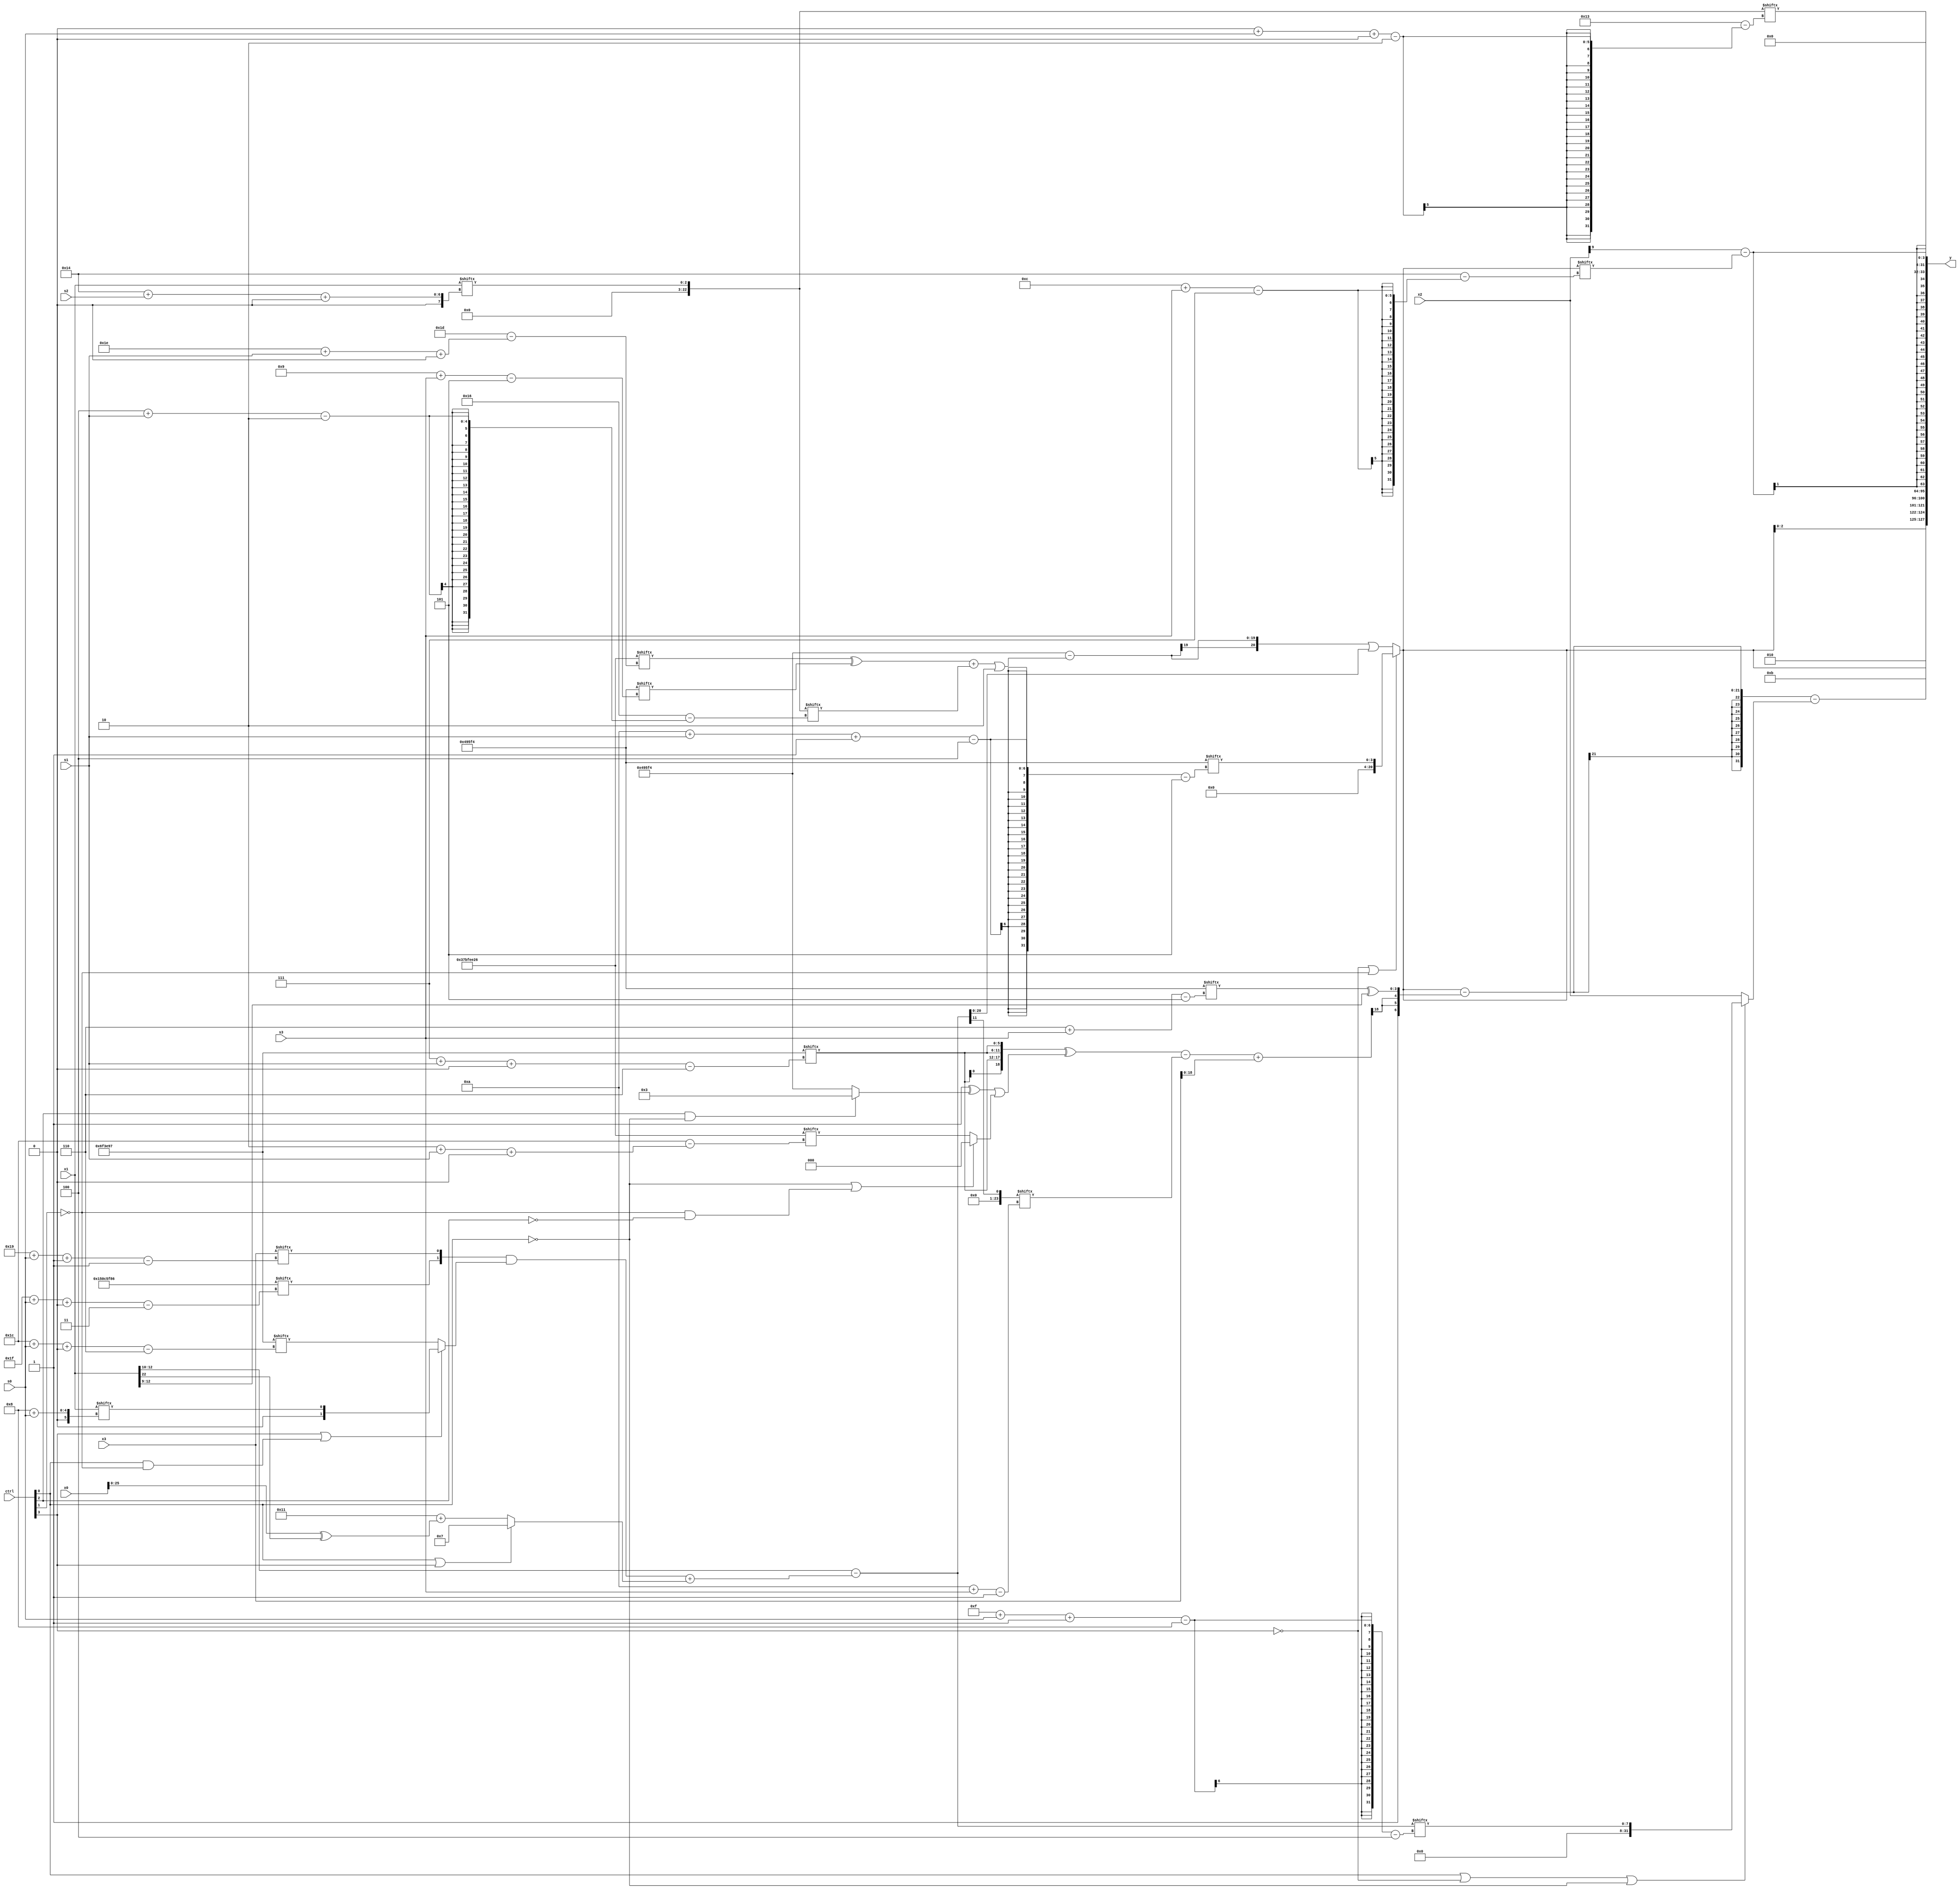
module partsel_00214(ctrl, s0, s1, s2, s3, x0, x1, x2, x3, y);
  input [3:0] ctrl;
  input [2:0] s0;
  input [2:0] s1;
  input [2:0] s2;
  input [2:0] s3;
  input signed [31:0] x0;
  input signed [31:0] x1;
  input signed [31:0] x2;
  input [31:0] x3;
  wire signed [29:4] x4;
  wire [2:25] x5;
  wire [2:24] x6;
  wire signed [7:27] x7;
  wire signed [27:5] x8;
  wire signed [24:1] x9;
  wire [0:25] x10;
  wire signed [6:24] x11;
  wire [30:2] x12;
  wire [4:26] x13;
  wire [3:24] x14;
  wire [25:7] x15;
  output [127:0] y;
  wire [31:0] y0;
  wire signed [31:0] y1;
  wire signed [31:0] y2;
  wire [31:0] y3;
  assign y = {y0,y1,y2,y3};
  localparam signed [31:3] p0 = 890003334;
  localparam signed [28:6] p1 = 560938647;
  localparam [0:30] p2 = 935325222;
  localparam signed [26:5] p3 = 235181556;
  assign x4 = (x1[10 +: 3] - {{x2, {{2{(p2[20] + x1[10])}}, p0[18 -: 3]}}, (({p0[31 + s0 +: 1], x3[25 + s0 -: 1]} & (ctrl[3] || ctrl[0] && !ctrl[1] ? x1[8 + s0] : p1[28 + s0 +: 2])) + (ctrl[0] && ctrl[0] || ctrl[3] ? p2[9 +: 3] : ((p0[9 +: 4] + p2[12 +: 2]) + (x0 ^ x1[22]))))});
  assign x5 = ((x0[16 + s2] | p1[11 + s2]) & (ctrl[1] || ctrl[0] && !ctrl[2] ? p1[21] : {({2{(x4[11 + s2 -: 1] ^ x0[12 -: 4])}} & {2{p1[22 + s1 +: 2]}}), ((p2[20 + s0 -: 2] | p0[11]) + x2[20])}));
  assign x6 = x1[20 + s2 +: 3];
  assign x7 = (!ctrl[3] || !ctrl[1] && !ctrl[1] ? p3[10 + s1 -: 4] : ((p3 - (((p2[30 + s1 +: 2] ^ p3[9 + s3]) + x6[4 + s1]) | p3[20 -: 2])) | {(p3[18] - {x2[29 + s3 -: 8], x0[8 +: 4]}), x4}));
  assign x8 = p1[10 +: 1];
  assign x9 = x4[15];
  assign x10 = x2[9];
  assign x11 = {((p2 ^ p3[24 + s0 +: 5]) ^ x4[19 + s3 +: 5]), {x5, x8[8 +: 1]}};
  assign x12 = ({2{{2{p1[7 + s1 +: 6]}}}} ^ ((p1[17] ^ {2{(ctrl[2] && ctrl[2] && !ctrl[0] ? p0[23 -: 3] : p3)}}) | (!ctrl[0] || !ctrl[1] && !ctrl[2] ? p1[9] : p2[2 + s1 +: 3])));
  assign x13 = (({x0[15 -: 1], {(ctrl[3] && ctrl[2] && !ctrl[3] ? x5[9 +: 2] : (p2[29 + s2 +: 6] & p1[0 + s1 +: 7])), x12}} - x9[10 + s3]) + x3);
  assign x14 = p1;
  assign x15 = p3[23 -: 3];
  assign y0 = {{{x4[2 + s0 +: 2], {2{{x7, p3[16 +: 3]}}}}, p2[10]}, p3[20 -: 1]};
  assign y1 = ((x7 - {(ctrl[0] || !ctrl[0] || !ctrl[2] ? p1[19] : (p2 | p1)), {{2{x13[8 +: 1]}}, (p3[6 + s3] ^ x1[9 +: 4])}}) - (ctrl[0] || !ctrl[3] || !ctrl[0] ? x4[15 + s0 -: 8] : x2));
  assign y2 = (x10 - x7[12 + s3]);
  assign y3 = x6[0 + s0 +: 4];
endmodule